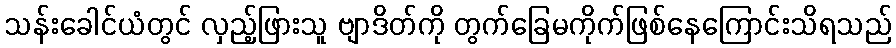
သန်းခေါင်ယံတွင် လှည့်ဖြားသူ ဗျာဒိတ်ကို တွက်ခြေမကိုက်ဖြစ်နေကြောင်းသိရသည်